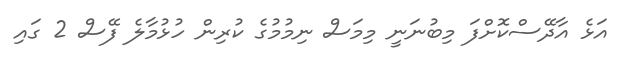
އަޅެ އާދޭސްކޮށްފަ މިބުނަނީ މިމަސް ނިމުމުގެ ކުރިން ހުޅުމާލެ ފޭސް 2 ގައި